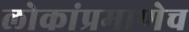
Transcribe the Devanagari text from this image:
लोकांप्रमाणेच